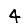
Digit: 4